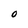
Character: 0